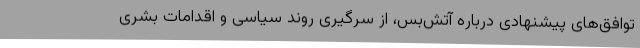
توافق‌های پیشنهادی درباره آتش‌بس، از سرگیری روند سیاسی و اقدامات بشری